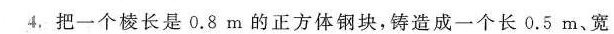
4. 把一个棱长是0.8m的正方体钢块，铸造成一个长0.5m、宽